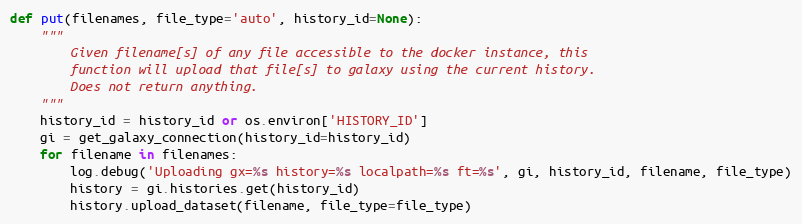
Language: Python
def put(filenames, file_type='auto', history_id=None):
    """
        Given filename[s] of any file accessible to the docker instance, this
        function will upload that file[s] to galaxy using the current history.
        Does not return anything.
    """
    history_id = history_id or os.environ['HISTORY_ID']
    gi = get_galaxy_connection(history_id=history_id)
    for filename in filenames:
        log.debug('Uploading gx=%s history=%s localpath=%s ft=%s', gi, history_id, filename, file_type)
        history = gi.histories.get(history_id)
        history.upload_dataset(filename, file_type=file_type)